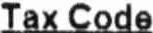
TAX CODE